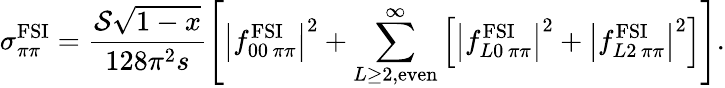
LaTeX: \sigma_{\pi\pi}^{\mathrm{FSI}}=\frac{{\cal S}\sqrt{1-x}}{128\pi^{2}s}\left[\left|f_{00\, \pi\pi}^{\mathrm{FSI}}\right|^{2}+\sum_{L\geq 2,\mathrm{even}}^{\infty}\left[\left|f_{L0\, \pi\pi}^{\mathrm{FSI}}\right|^{2}+\left|f_{L2\, \pi\pi}^{\mathrm{FSI}}\right|^{2}\right]\right].